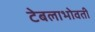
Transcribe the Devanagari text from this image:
टेबलाभोवती